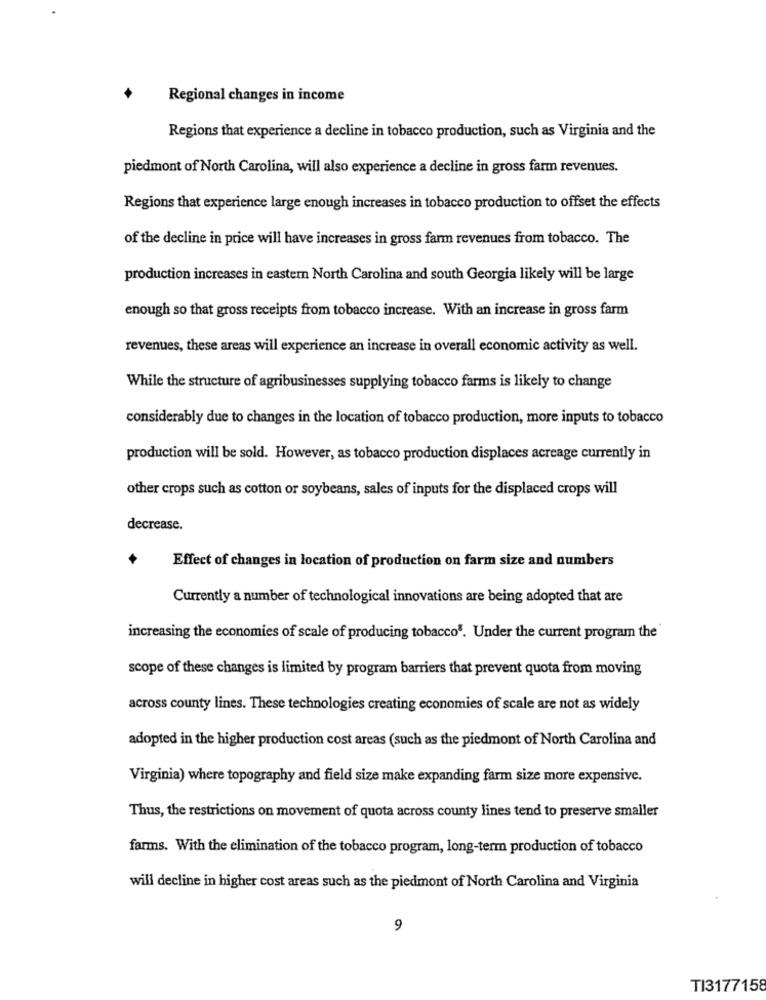
Regional changes in income
Regions that experience a decline in tobacco production, such as Virginia and the
piedmont of North Carolina, will also experience a decline in gross farm revenues.
Regions that experience large enough increases in tobacco production to offset the effects
of the decline in price will have increases in gross farm revenues from tobacco. The
production increases in eastern North Carolina and south Georgia likely will be large
enough so that gross receipts from tobacco increase. With an increase in gross farm
revenues, these areas will experience an increase in overall economic activity as well.
While the structure of agribusinesses supplying tobacco farms is likely to change
considerably due to changes in the location of tobacco production, more inputs to tobacco
production will be sold. However, as tobacco production displaces acreage currently in
other crops such as cotton or soybeans, sales of inputs for the displaced crops will
decrease.
Effect of changes in location of production on farm size and numbers
Currently a number of technological innovations are being adopted that are
increasing the economies of scale of producing tobacco'. Under the current program the
scope of these changes is limited by program barriers that prevent quota from moving
across county lines. These technologies creating economies of scale are not as widely
adopted in the higher production cost areas (such as the piedmont of North Carolina and
Virginia) where topography and field size make expanding farm size more expensive.
Thus, the restrictions on movement of quota across county lines tend to preserve smaller
farms. With the elimination of the tobacco program, long-term production of tobacco
will decline in higher cost areas such as the piedmont of North Carolina and Virginia
9
TI3177158